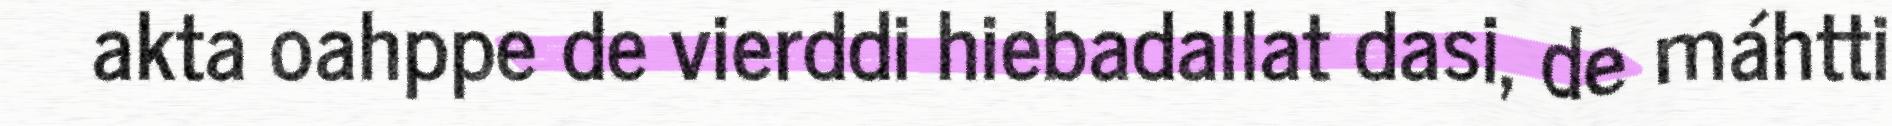
akta oahppe de vierddi hiebadallat dasi, de máhtti